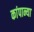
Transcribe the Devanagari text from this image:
कांपान्या